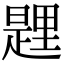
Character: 𨤱